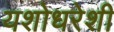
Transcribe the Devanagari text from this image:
यशोधरेशी